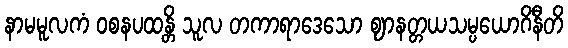
နာမမူလကံ ဝစနပထန္တိ သူလ တကာရာဒေသော ဈာနတ္တယသမ္ပယောဂိနီတိ